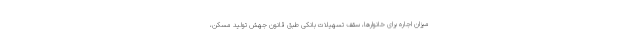
میزان اجاره برای خانوارها، سقف تسهیلات بانکی طبق قانون جهش تولید مسکن،